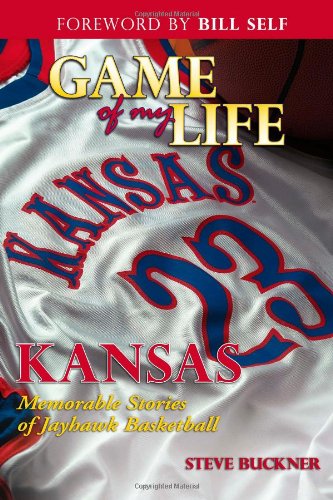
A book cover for Game of My Life: Memorable Stories of Kansas Jayhawks Basketball; Steve Buckner; Sports & Outdoors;